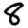
Digit: 8